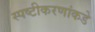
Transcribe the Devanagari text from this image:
स्पष्टीकरणांकडे